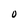
Character: O